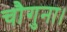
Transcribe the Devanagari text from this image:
चौगुना।